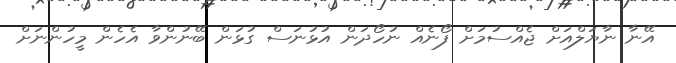
އޭނާ ނާޔަލްއަށް ޖެއްސުމަށް ފޯނެއް ނުހޯދަން އުޅުނަސް ގުޅަން ބޭނުންވާ އެހެން މީހުންނަށް